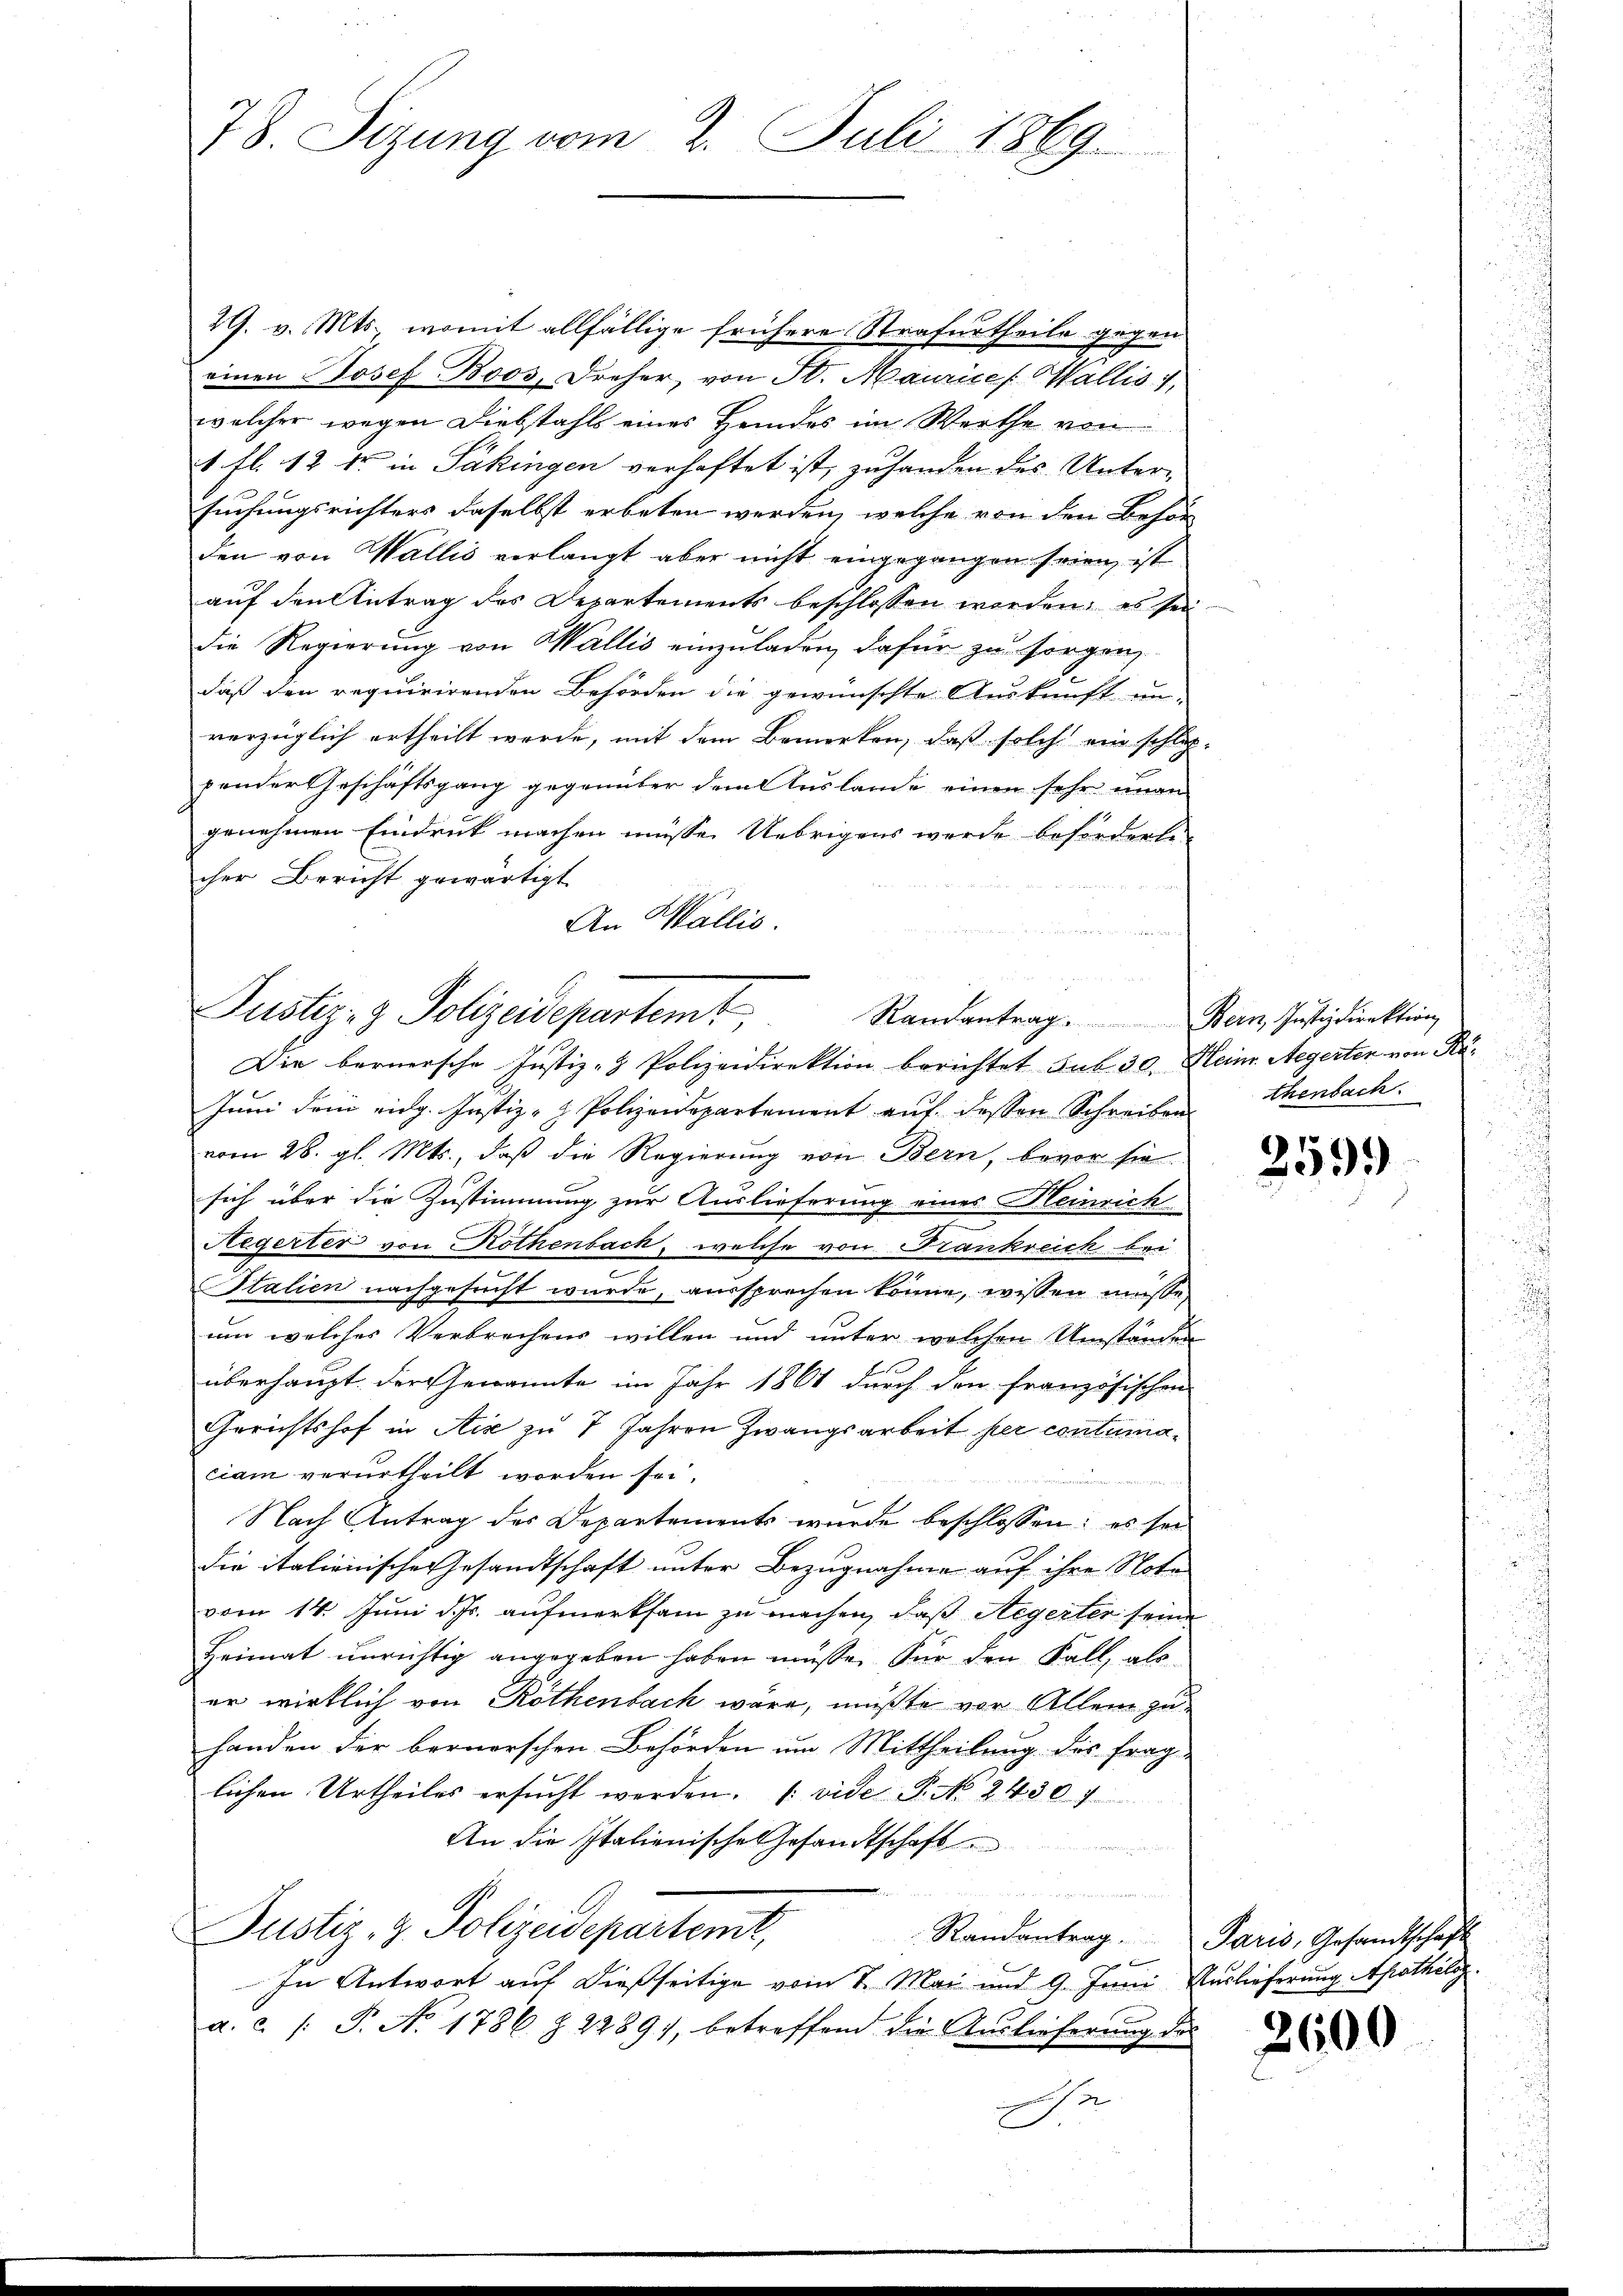
78. Sizung vom 2. Juli 1869.

29. v. Mts., womit allfällige frühere Strafurtheile gegen
einen Josef Boos, Dreher, von St. Maurice [Wallis
welcher wegen Diebstahls eines Heides im Werthe von
1. fl. 12 kr. in Säkingen verhaftet ist, zu handen des Untersuchungsrichters daselbst erbeten werden, welche von den Behör
den von Wallis verlangt aber nicht eingegangen seien, ist
auf den Antrag des Departements beschlossen werden; es sei
die Regierung von Wallis einzuladen, dafür zu sorgen,
daß den requirirenden Behörden die gewünschte Auskunft un-
vorzüglich ertheilt werde, mit dem Bemerken, daß solche ein schlaf-
pender Geschäftsgang gegenüber dem Auslande einen sehr unan
genehmen Eindruck machen müsse. Uebrigens werde beforderte
cher Bericht gewärtigt
An Wallis.
u

Justiz- & Polizeidepartemt
Randantrag Bern, Justizdirektion

Die bernersche Justiz- & Polizeidirektion berichtet sub 30. Heim. Aegerten von Kä¬
Juni dem eidg. Justiz- & Polizeidepartement auf dessen Schreiben thenbach.
vom 28. gl. Mts., daß die Regierung von Bern, bevor sie
sich über die Zustimmung zur Auslieferung eines Heinrich
Negerter von Rothenbach, welche von Frankreich bei
Italien nachgesucht wurde, aussprechen könne, wissen müße,
um welches Verbrechens willen und unter welchen Umständen
überhaupt der Genannte im Jahr 1861 durch den französischen
Gerichtshof in Ais zu 7 Jahren Zwangsarbeit per contumaciam verurtheilt worden sei.
Nach Antrag des Departements wurde beschlossen: es sei
die italienische Gesandtschaft unter Bezugnahme auf ihre Nota
vom 14. Juni d. Js. aufmerksam zu machen, daß Aegerter seine
Heimat unrichtig angegeben haben müsse. Für den Fall, als
er wirklich von Röthenbach wäre, mußte vor Allem zu
handen der bernerschen Behörden um Mittheilung des frag-
lichen Urtheiles ersŭcht werden. (vide P. No 24307
An die Italienische Gesandtschaft
u
Justiz- & Polizeidepartemt,
Randantrag. Paris, Gesandtschaft
 x
In Antwort auf dießseitige vom 7. Mai und 9. Juni Auslieferung Apathilip
a. c. /: P. No. 1786 § 2289), betreffend die Auslieferung des
2
e

259.

2600